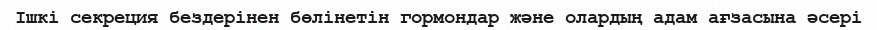
Ішкі секреция бездерінен бөлінетін гормондар және олардың адам ағзасына әсері